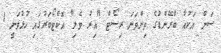
ސަން އަކުއާ ބްރޭންޑުގެ ތިންވަނަ ރިސޯޓް "އިރު ވެލި" އޮކްޓޯބަރުގައި ހުޅުވަނީ 1